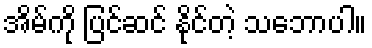
အိမ်ကို ပြင်ဆင် နိုင်တဲ့ သဘောပါ။